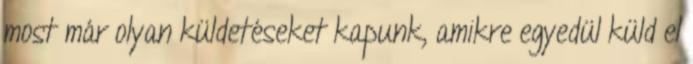
most már olyan küldetéseket kapunk, amikre egyedül küld el